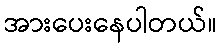
အားပေးနေပါတယ်။